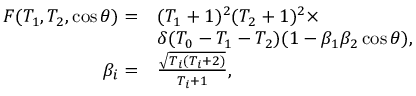
\begin{array} { r l } { F ( T _ { 1 } , T _ { 2 } , \cos { \theta } ) = } & { ( T _ { 1 } + 1 ) ^ { 2 } ( T _ { 2 } + 1 ) ^ { 2 } \times } \\ & { \delta ( T _ { 0 } - T _ { 1 } - T _ { 2 } ) ( 1 - \beta _ { 1 } \beta _ { 2 } \cos { \theta } ) , } \\ { \beta _ { i } = } & { \frac { \sqrt { T _ { i } ( T _ { i } + 2 ) } } { T _ { i } + 1 } , } \end{array}